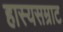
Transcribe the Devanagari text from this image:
हास्यसम्राट